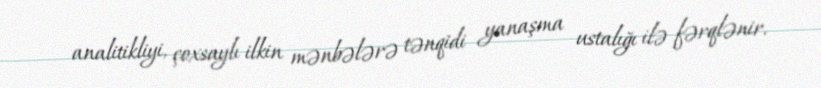
analitikliyi, çoxsaylı ilkin mənbələrə tənqidi yanaşma ustalığı ilə fərqlənir.